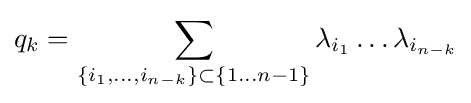
q_{k}=\sum _{\{i_{1},\dots ,i_{n-k}\}\subset \{1\dots n-1\}}\lambda _{i_{1}}\dots \lambda _{i_{n-k}}